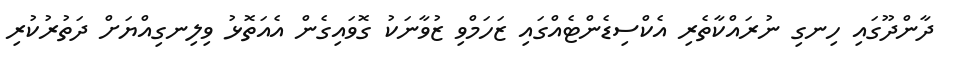
ދާންދޫގައި ހިނގި ނުރައްކާތެރި އެކްސިޑެންޓެއްގައި ޒަހަމްވި ޒުވާނަކު ގޮވައިގެން އެއަތޮޅު ވިލިނގިއްޔަށް ދަތުރުކުރި